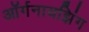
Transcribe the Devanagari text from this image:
ऑर्गनायझिंग